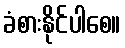
ခံစားနိုင်ပါစေ။